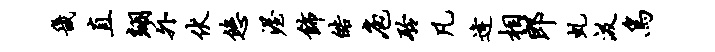
畿直翊外伏悠渥饰皓庖聆凡逄相郎虬汲鸟